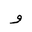
Letter: _waw